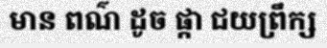
មាន ពណ៌ ដូច ផ្កា ជយព្រឹក្ស